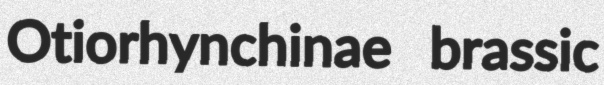
Otiorhynchinae brassic